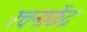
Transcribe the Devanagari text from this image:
रचनाकेंद्र